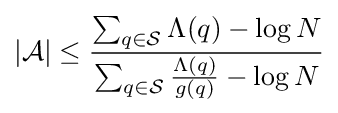
|{\mathcal {A}}|\leq {\frac {\sum _{q\in {\mathcal {S}}}\Lambda (q)-\log N}{\sum _{q\in {\mathcal {S}}}{\frac {\Lambda (q)}{g(q)}}-\log N}}